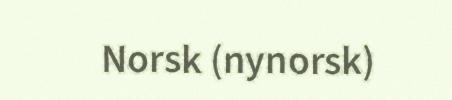
Norsk (nynorsk)